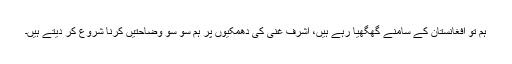
ہم تو افغانستان کے سامنے گھگھیا رہے ہیں، اشرف غنی کی دھمکیوں پر ہم سو سو وضاحتیں کرنا شروع کر دیتے ہیں۔